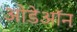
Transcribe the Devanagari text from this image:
ओडेऑन